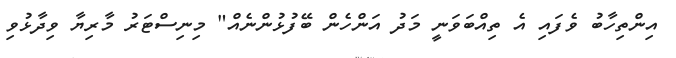
އިންތިހާބު ވެފައި އެ ތިއްބަވަނީ މަދު އަންހެން ބޭފުޅުންނެއް" މިނިސްޓަރު މާރިޔާ ވިދާޅުވި